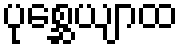
ပုစ္ဆေယျာထ